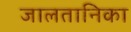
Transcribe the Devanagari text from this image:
जालतानिका